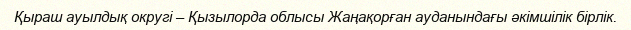
Қыраш ауылдық округі – Қызылорда облысы Жаңақорған ауданындағы әкімшілік бірлік.